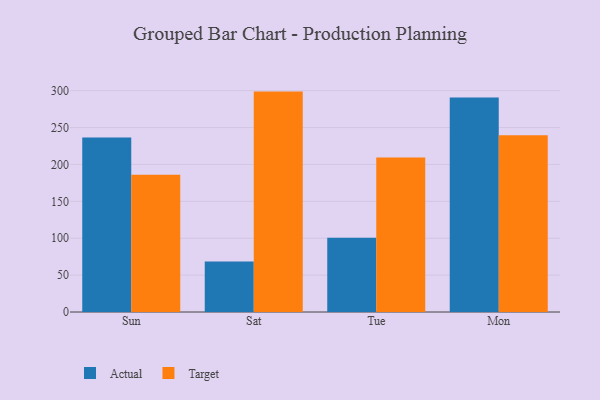
{"axis": {"x": "Day", "y": "Conversion Rate (%)"}, "legend": ["Actual", "Target"], "data": [{"x": "Sun", "y": 236.5, "type": "Actual"}, {"x": "Sun", "y": 186.0, "type": "Target"}, {"x": "Sat", "y": 68.4, "type": "Actual"}, {"x": "Sat", "y": 298.7, "type": "Target"}, {"x": "Tue", "y": 100.5, "type": "Actual"}, {"x": "Tue", "y": 209.5, "type": "Target"}, {"x": "Mon", "y": 290.6, "type": "Actual"}, {"x": "Mon", "y": 239.7, "type": "Target"}]}